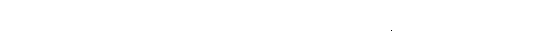
မြိုင်သာယာတွင် ခေါင်းပါးရသည့်အထဲ ကျွေးစရာ ပါးစပ်ပေါက် တိုးဦးတော့မည်။